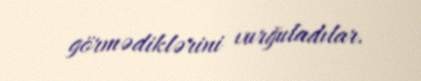
görmədiklərini vurğuladılar.